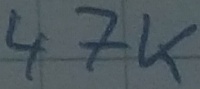
Text: 47K